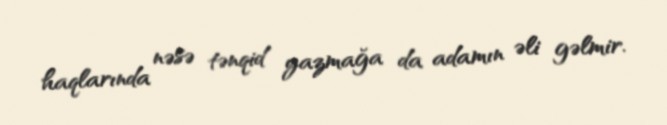
haqlarında nəsə tənqid yazmağa da adamın əli gəlmir.